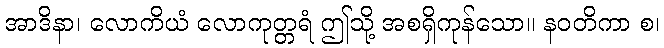
အာဒိနာ၊ လောကိယံ လောကုတ္တရံ ဤသို့ အစရှိကုန်သော။ နဝတိကာ စ၊